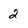
Character: 2